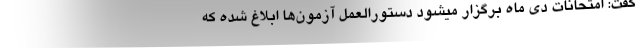
گفت: امتحانات دی ماه برگزار میشود دستورالعمل آزمون‌ها ابلاغ شده که